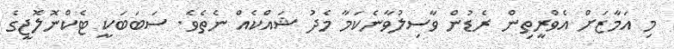
މި އަމާޒަށް އެވްރީތިން ރެޑުން ވާސިލުވާނެކަމާ މެދު ޝައްކެއް ނެތެވެ. ސަބަބަކީ ޓެކްނޮލޮޖީގެ